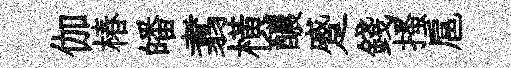
伽椿皤翥橫醲蹙錢搔扈